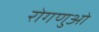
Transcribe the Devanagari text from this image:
रोगणुओं